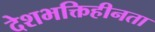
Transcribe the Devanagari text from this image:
देशभक्तिहीनता